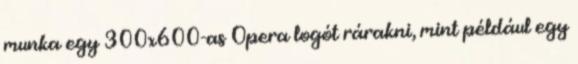
munka egy 300x600-as Opera logót rárakni, mint például egy